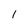
Character: 1